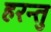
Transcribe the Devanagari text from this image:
हरन्तु